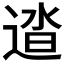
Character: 𨓬